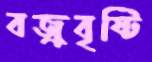
বজ্রবৃষ্টি